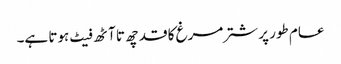
عام طور پر شتر مرغ کا قد چھ تا آٹھ فیٹ ہوتا ہے۔